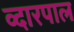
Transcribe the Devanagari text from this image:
व्दारपाल